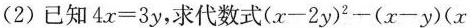
(2)已知$$4 x = 3 y$$，求代数式$$( x - 2 y ) ^ { 2 } - ( x - y ) ( x